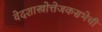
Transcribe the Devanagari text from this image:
वेदशास्त्रोत्तेजकसभेची